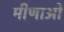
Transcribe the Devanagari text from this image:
मीणाओ